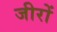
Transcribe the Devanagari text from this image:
जीरों